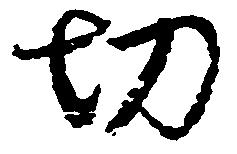
切